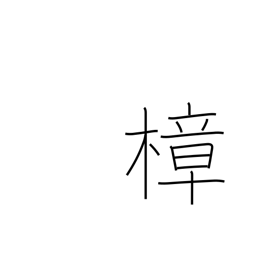
Meaning: camphor